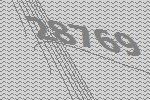
28769